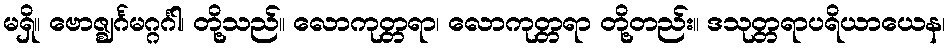
မရှိ။ ဗောဇ္ဈင်္ဂမဂ္ဂင်္ဂါ၊ တို့သည်။ လောကုတ္တရာ၊ လောကုတ္တရာ တို့တည်း။ ဒသုတ္တရာပရိယာယေန၊